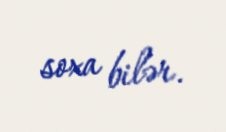
soxa bilər.